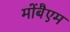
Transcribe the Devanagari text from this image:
मोंबैएम